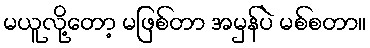
မယူလို့တော့ မဖြစ်တာ အမှန်ပဲ မစ်စတာ။